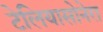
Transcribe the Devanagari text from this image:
टेलियासोनेरा